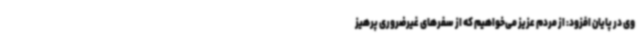
وی در پایان افزود: از مردم عزیز می‌خواهیم که از سفرهای غیرضروری پرهیز